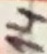
Text: 14